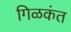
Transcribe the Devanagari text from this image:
गिळकंत